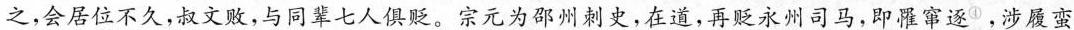
之，会居位不久，叔文败，与同辈七人俱贬。宗元为邵州刺史，在道，再贬永州司马，即罹窜逐^{④}，涉履蛮